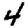
Digit: 4